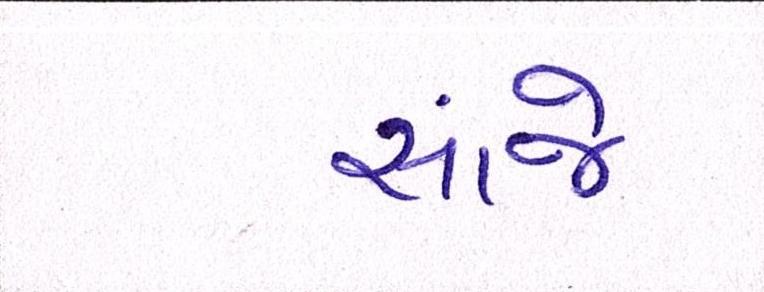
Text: સાંજે